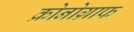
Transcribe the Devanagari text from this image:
क्रोनोग्राफ